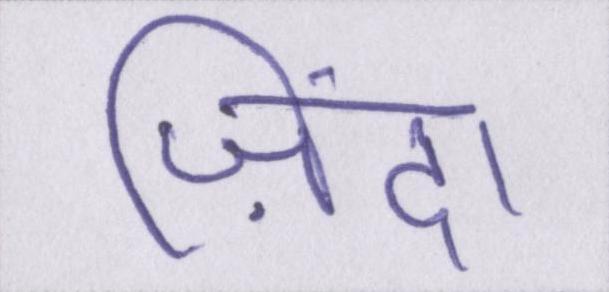
ज़िंदा